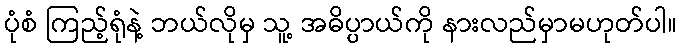
ပုံစံ ကြည့်ရုံနဲ့ ဘယ်လိုမှ သူ့ အဓိပ္ပာယ်ကို နားလည်မှာမဟုတ်ပါ။